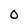
Character: O